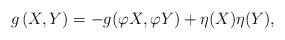
LaTeX: \begin{align*}g\left(X,Y\right)=-g(\varphi X,\varphi Y)+\eta (X)\eta (Y),\end{align*}